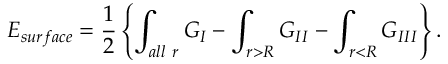
E _ { s u r f a c e } = { \frac { 1 } { 2 } } \left\{ \int _ { \small a l l \ r } G _ { I } - \int _ { r > R } G _ { I I } - \int _ { r < R } G _ { I I I } \right\} .